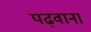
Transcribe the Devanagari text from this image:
पढ़वाना